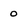
Character: 0